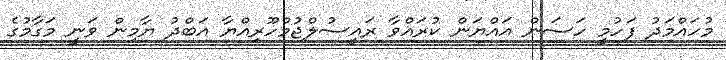
މުހައްމަދު ފަހުމީ ހަސަން އައްޔަން ކުރައްވާ ރައީސުލްޖުމްހޫރިއްޔާ އަބްދު ޔާމިން ވަނީ މަގާމުގެ